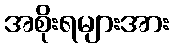
အစိုးရများအား